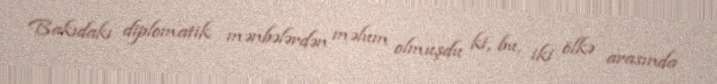
Bakıdakı diplomatik mənbələrdən məlum olmuşdu ki, bu, iki ölkə arasında